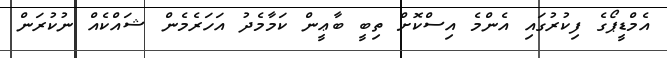
އެމްޑީޕޯގެ ފިކުރުގައި އެންމެ އިސްކޮށް ތިބީ ބާޢީން ކަމާމެދު އަހަރެމެން ޝައްކެއް ނުކުރަން